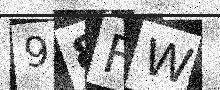
Text: 98FW